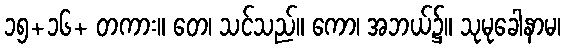
၁၅+၁၆+ တကား။ တေ၊ သင်သည်။ ကော၊ အဘယ်၌။ သုမုခေါနာမ၊